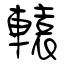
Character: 轅